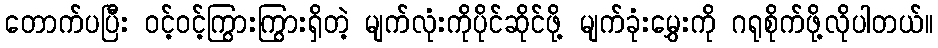
တောက်ပပြီး ဝင့်ဝင့်ကြွားကြွားရှိတဲ့ မျက်လုံးကိုပိုင်ဆိုင်ဖို့ မျက်ခုံးမွှေးကို ဂရုစိုက်ဖို့လိုပါတယ်။